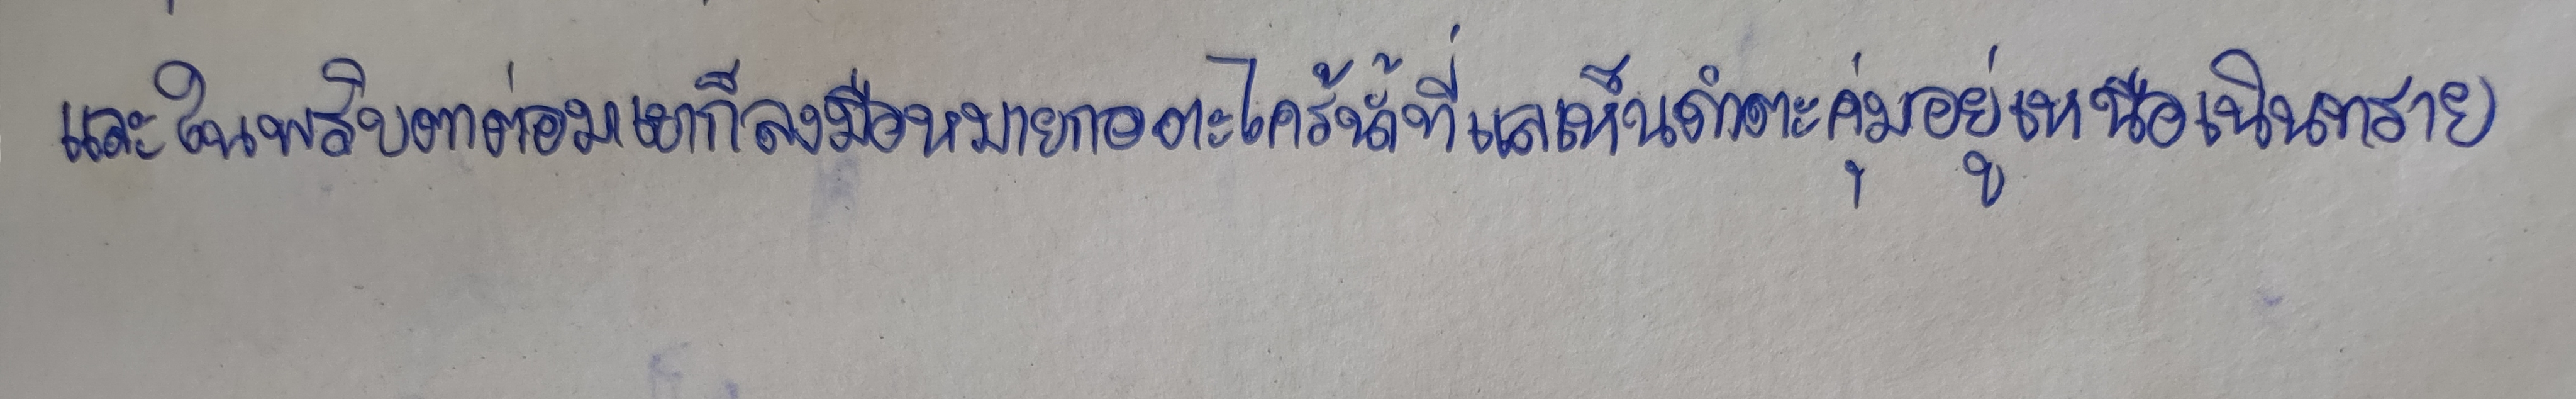
และในพริบตาต่อมาเขาก็ลงมือหมายกอตะไคร้น้ำที่แลเห็นดำตะคุ่มอยู่เหนือเนินทราย